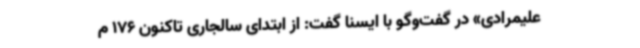
علیمرادی» در گفت‌وگو با ایسنا گفت: از ابتدای سالجاری تاکنون 176 م